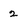
Character: 2